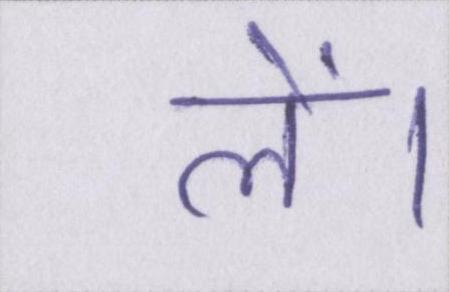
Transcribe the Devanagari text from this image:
लें।